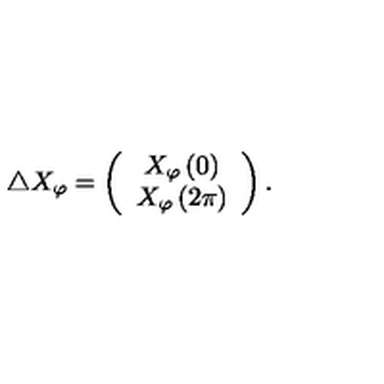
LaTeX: \triangle X _ { \varphi } = \left( \begin{array} { c } { X _ { \varphi } \left( 0 \right) } \\ { X _ { \varphi } \left( 2 \pi \right) } \\ \end{array} \right) .